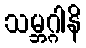
သမ္ဘဂ္ဂါနိ